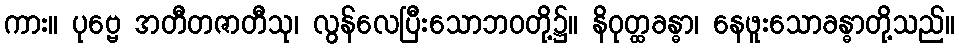
ကား။ ပုဗ္ဗေ အတီတဇာတီသု၊ လွန်လေပြီးသောဘဝတို့၌။ နိဝုတ္ထခန္ဓာ၊ နေဖူးသောခန္ဓာတို့သည်။